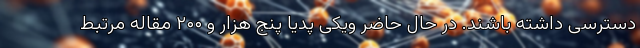
دسترسی داشته باشند. در حال حاضر ویکی پدیا پنج هزار و ۲۰۰ مقاله مرتبط